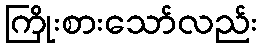
ကြိုးစားသော်လည်း